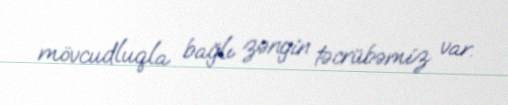
mövcudluqla bağlı zəngin təcrübəmiz var.